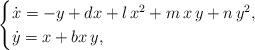
LaTeX: \begin{align*}\begin{cases}\dot{x}=-y+d x + l\,x^2+m\,x\,y+n\,y^2,\\\dot{y}= x+b x\,y,\end{cases}\end{align*}